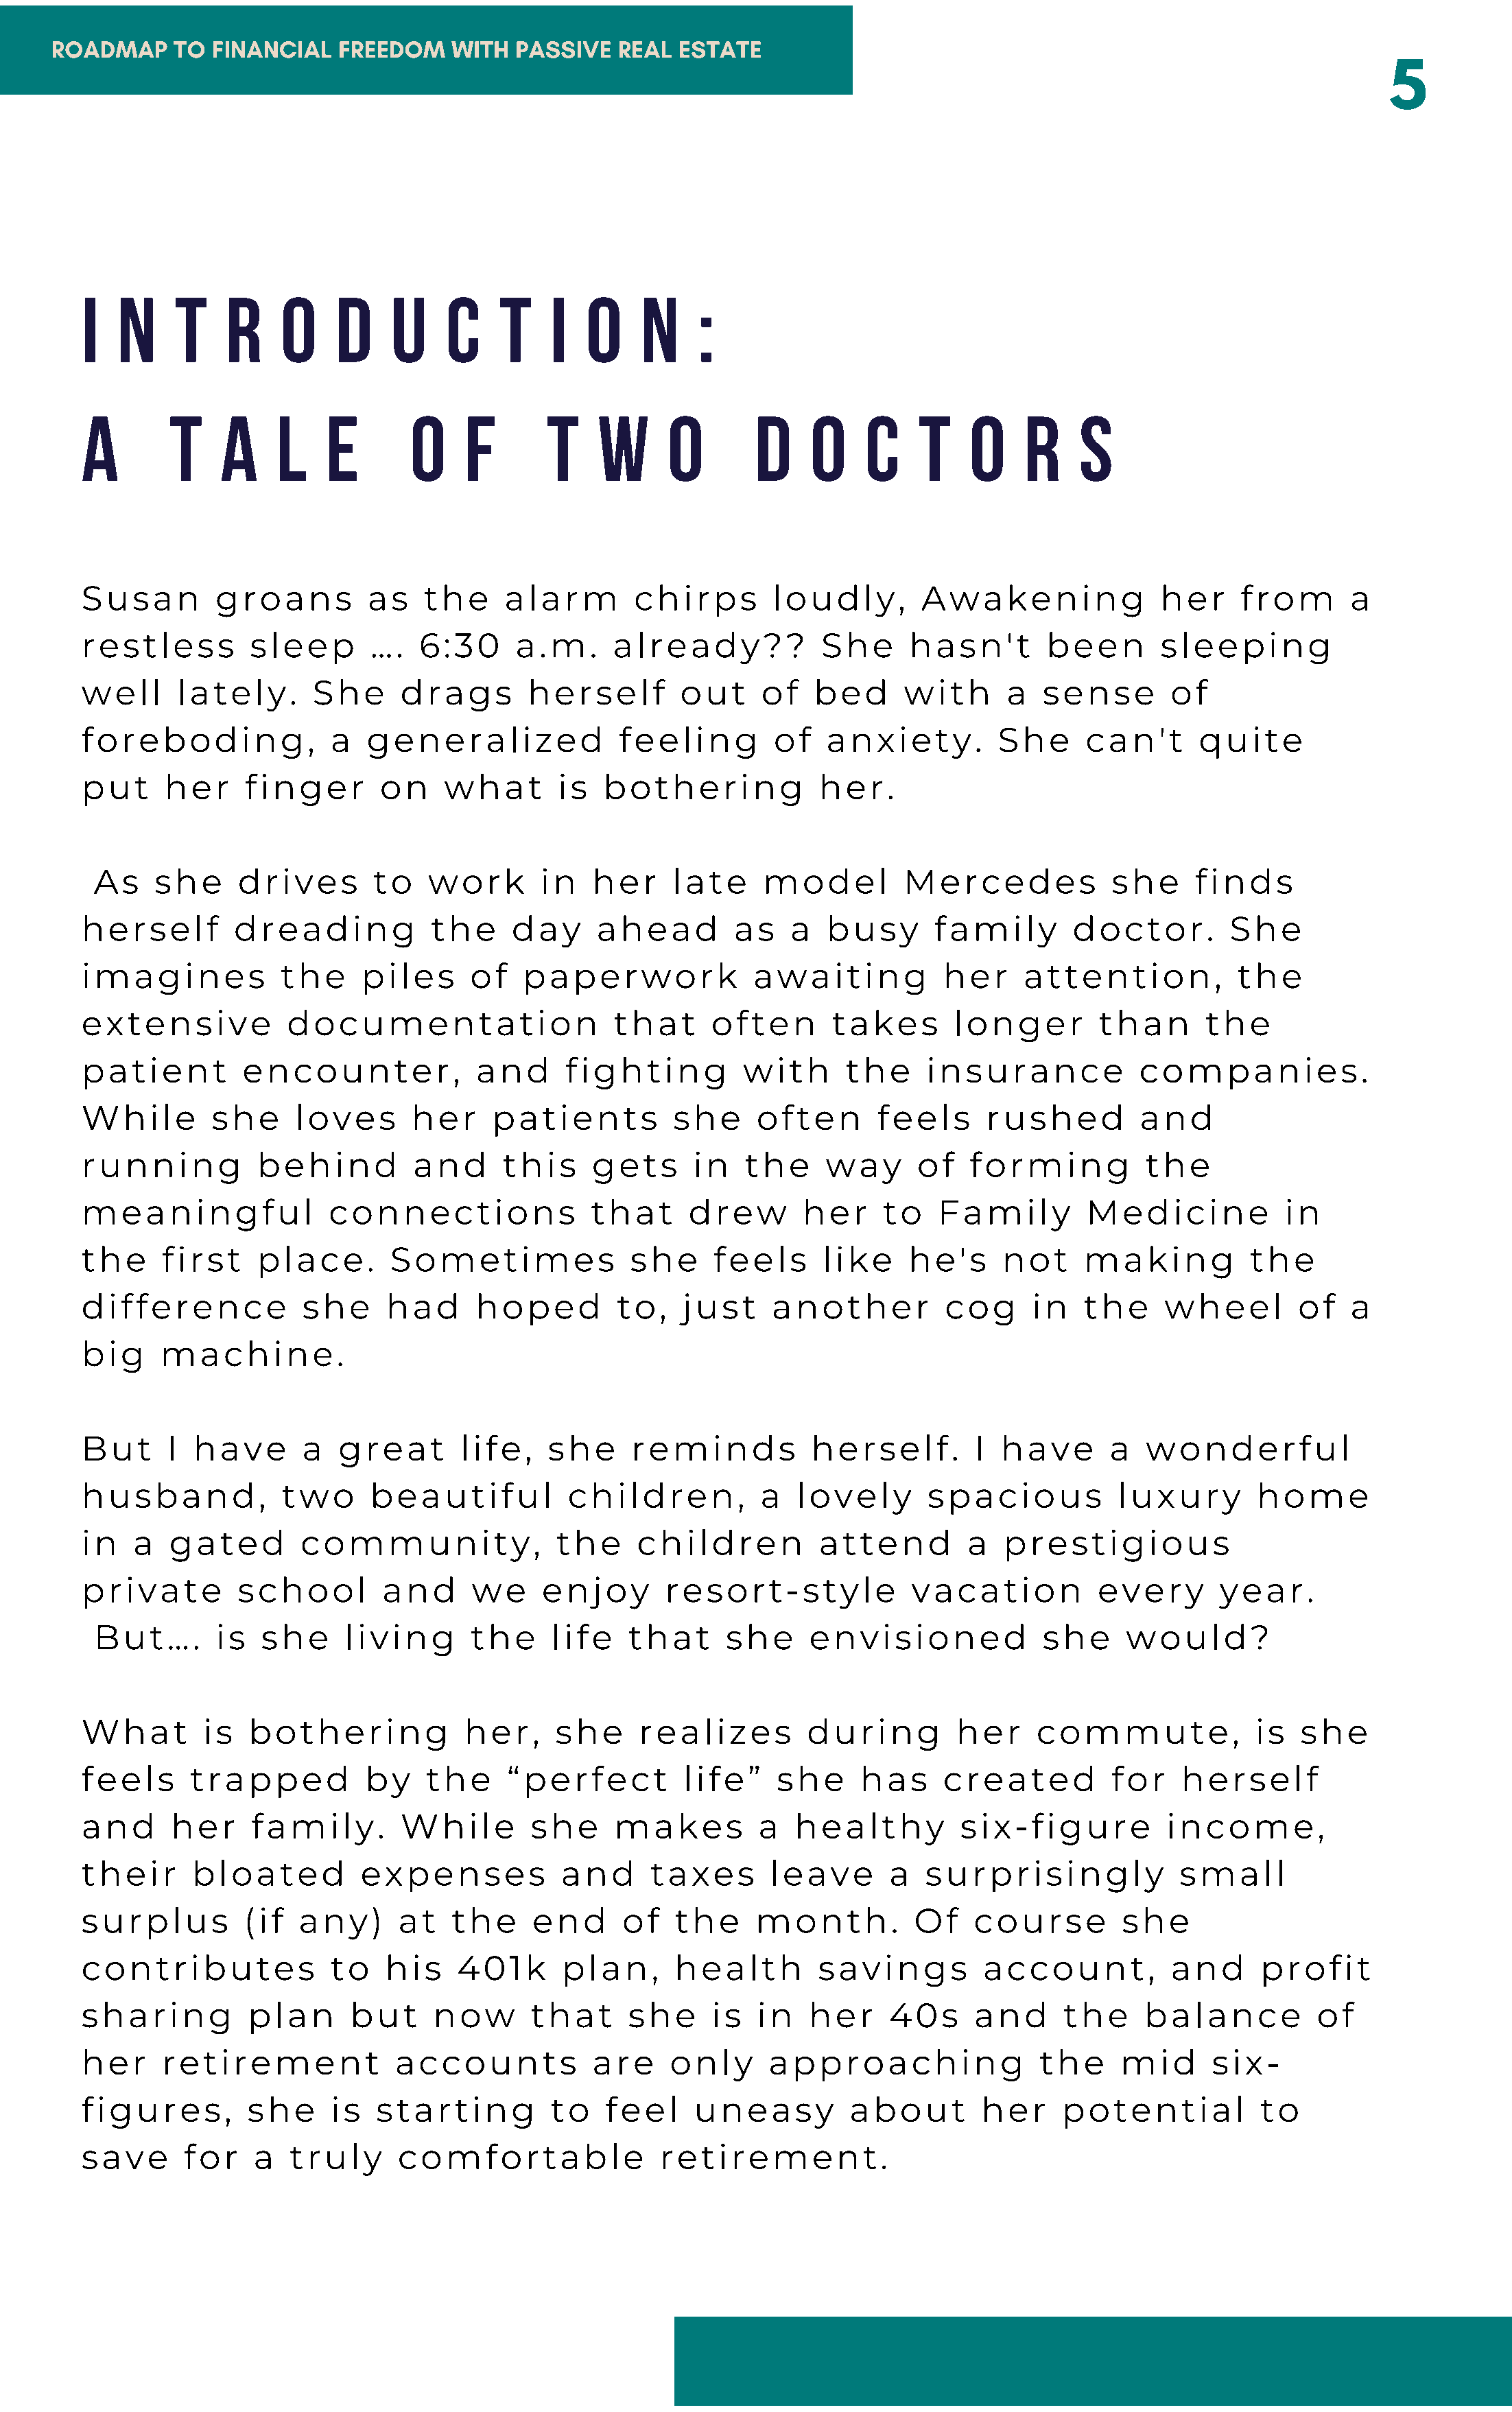
ROADMAP     TO FINANCIAL    FREEDOM    WITH  PASSIVE   REAL ESTATE
 5
 I  N     T    R    O    D     U    C    T    I   O    N    :
 A       T    A     L   E        O    F       T    W     O        D    O    C     T    O    R    S
 Susan        groans        as    the     alarm       chirps        loudly,       Awakening              her     from      a
 restless        sleep       ….  6:30      a.m.     already??           She      hasn't       been       sleeping
 well     lately.      She      drags       herself        out    of    bed     with      a   sense       of
 foreboding,             a  generalized              feeling        of   anxiety.        She      can't      quite
 put     her     finger       on    what       is  bothering            her.
 As    she     drives       to   work       in   her     late     model        Mercedes            she     finds
 herself        dreading           the    day      ahead        as   a   busy      family       doctor.         She
 imagines           the     piles     of   paperwork              awaiting          her     attention,          the
 extensive           documentation                  that      often      takes       longer        than      the
 patient        encounter,             and      fighting         with      the    insurance            companies.
 While       she     loves       her    patients          she     often       feels     rushed         and
 running          behind         and     this     gets      in   the     way     of    forming          the
 meaningful              connections              that     drew       her     to   Family         Medicine           in
 the     first    place.       Sometimes              she     feels     like     he's     not     making          the
 difference           she     had      hoped         to,   just    another          cog      in   the    wheel        of   a
 big    machine.
 But     I  have      a   great      life,    she     reminds          herself.        I  have      a   wonderful
 husband,           two      beautiful          children,         a   lovely      spacious           luxury       home
 in   a  gated        community,               the    children          attend        a   prestigious
 private        school        and      we    enjoy       resort-style            vacation          every       year.
 But….       is  she     living      the     life    that     she     envisioned             she     would?
 What        is  bothering            her,     she     realizes        during        her     commute,             is  she
 feels     trapped          by    the     “perfect         life”    she     has     created         for    herself
 and     her     family.        While       she     makes         a   healthy         six-figure          income,
 their      bloated         expenses           and      taxes      leave       a  surprisingly             small
 surplus         (if  any)     at    the    end      of   the     month.         Of    course        she
 contributes             to   his    401k      plan,      health        savings         account,          and      profit
 sharing         plan      but     now      that      she     is  in   her     40s     and      the    balance          of
 her     retirement            accounts           are     only     approaching               the     mid      six-
 figures,        she     is  starting         to   feel     uneasy         about        her    potential           to
 save      for   a   truly     comfortable               retirement.